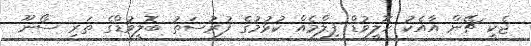
ޖެކީ ޗޭން އާއެކު ހޮލީވުޑް ފިލްމެއް ކުޅުމުގެ ފުރުސަތު ބޮލީވުޑްގެ ތަރި ސޯނޫ